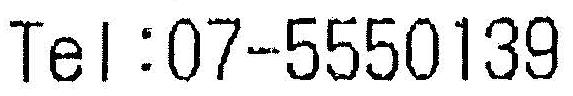
TEL:07-5550139